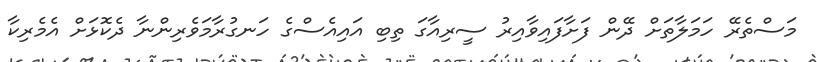
މަސްތެރޭ ހަމަލާތަށް ދޭން ފަށާފައިވާއިރު ސީރިއާގަ ތިބި އައިއެސްގެ ހަނގުރާމަވެރިންނާ ދެކޮޅަށް އެމެރިކާ